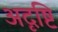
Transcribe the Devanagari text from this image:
अदृष्टि